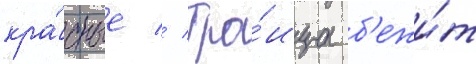
кра́сные // Тро́ица б'ежи́т